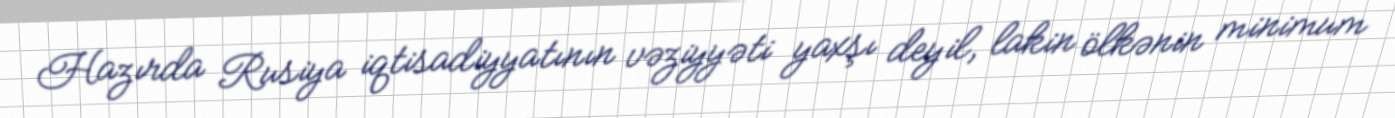
Hazırda Rusiya iqtisadiyyatının vəziyyəti yaxşı deyil, lakin ölkənin minimum